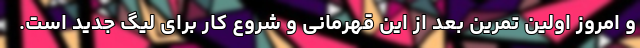
و امروز اولین تمرین بعد از این قهرمانی و شروع کار برای لیگ جدید است.